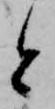
と